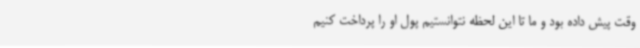
وقت پیش داده بود و ما تا این لحظه نتوانستیم پول او را پرداخت کنیم